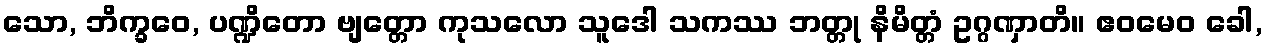
သော, ဘိက္ခဝေ, ပဏ္ဍိတော ဗျတ္တော ကုသလော သူဒေါ သကဿ ဘတ္တု နိမိတ္တံ ဥဂ္ဂဏှာတိ။ ဧဝမေဝ ခေါ,